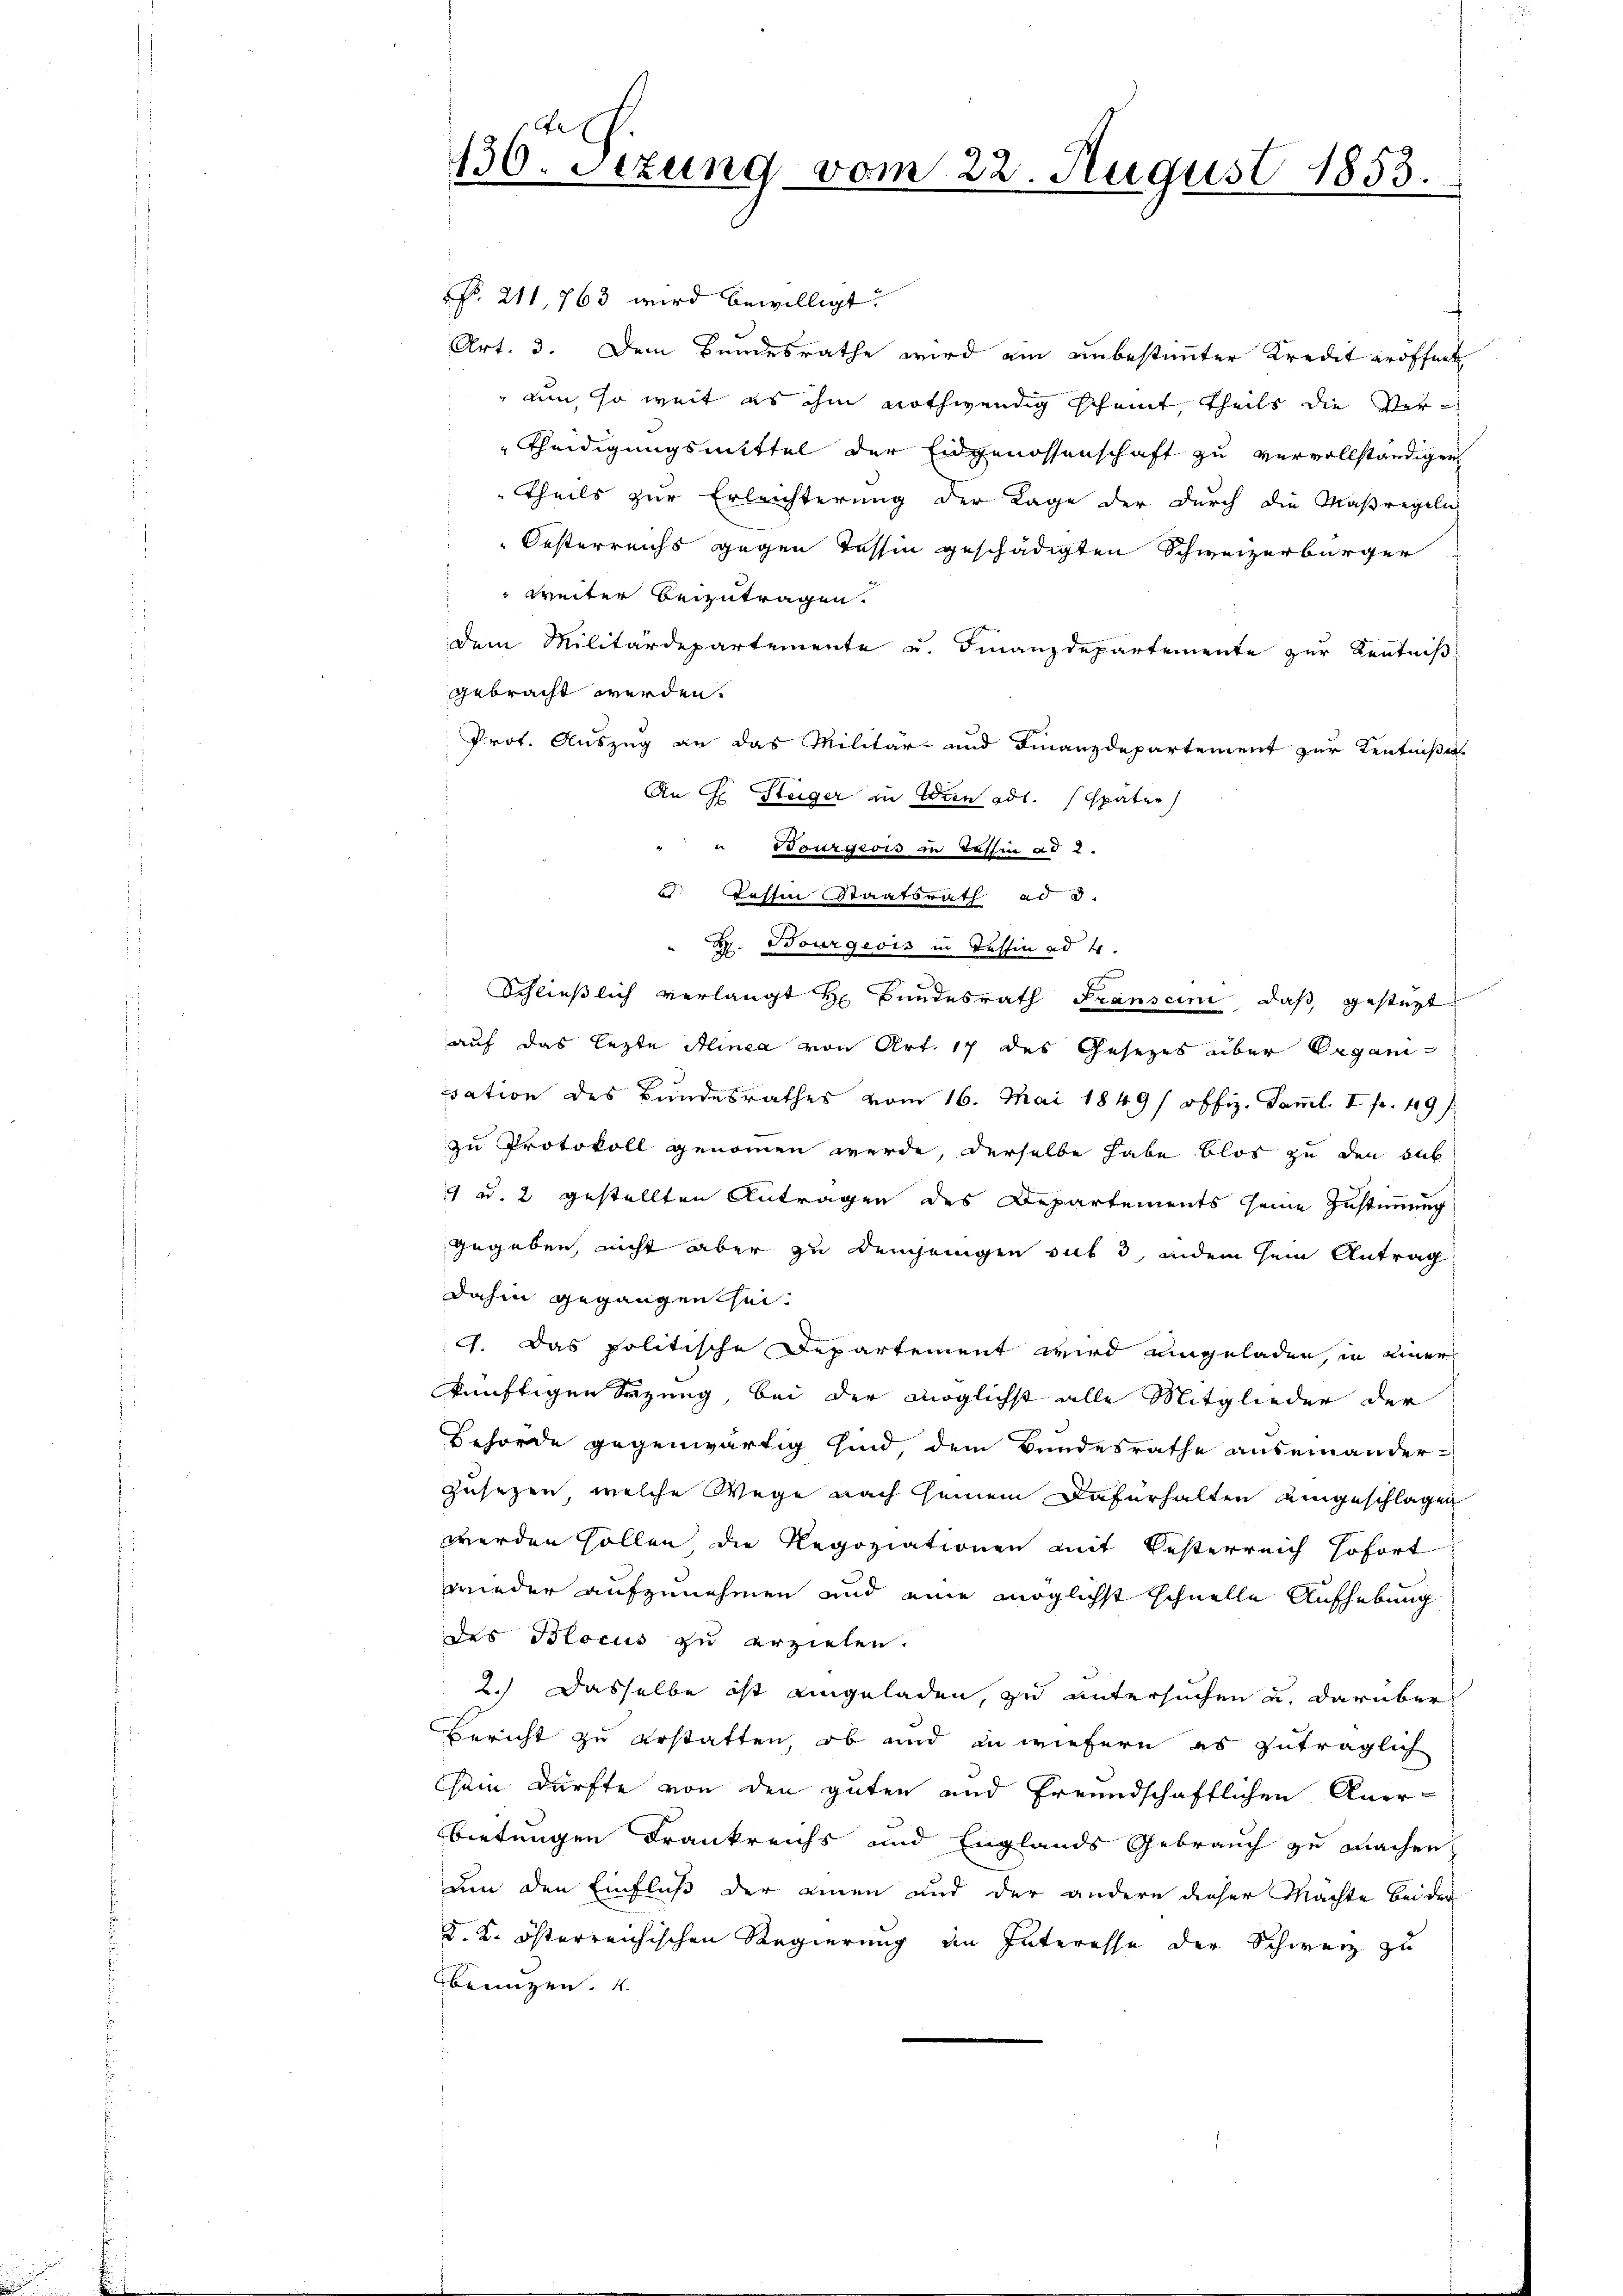
NNo. 211, 763 wird bewilligt.
Art. 3. Dem Bundesrathe wird ein unbestimmter Kredit eröffnet
am, so weit es ihm nothwendig scheint, theils die Ver-
theidigungsmittel der Eidgenossenschaft zu vervollständigen
Theils zur Erleichterung der Lage der durch die Maßregeln
Oesterreichs gegen Tessin geschädigten Schweizerbürger
 weiter beizutragen.
dem Militärdepartemente u. Finanzdepartemente zur Kentniß
gebracht werden.
Prot. Auszug an das Militär- und Finanzdepartement zur Kenntnißes
An H. Steiger zu Wien adl. Später
" " Bourgeois in Tessin ad 2.
. Tessin Staatsrath ad 3.
H. Bourgeois in Tessin ad 4.
Schließlich verlangt Hr. Bundesrath Transcini, daß gesteht
auf das lezte Alinea von Art. 17 des Gesezes über Organisation des Bundesrathes vom 16. Mai 1849 / offiz. Samml. I fr. 49 f
zu Protokoll genommen werde, derselbe habe blos zu den sub
4 u. 2 gestellten Antragen des Departements seine Zustimmung
gegeben, nicht aber zu demjenigen auf 3, indem sein Antrag
dahin gegangen sei.
4. Das politische Departement wird eingeladen, in einer
künftigen Sezung, bei der möglichst alle Mitglieder der
Behörde gegenwärtig sind, dem Bundesrathe auseinander-
zusetzen, welche Wege nach Gemein Dafürhalten eingeschlagen
werden sollen, die Regoziationen mit Oesterreich Hofort
wieder aufzunehmen und eine möglichst schnelle Aufhebung
des Blocus zu erziehen.
2.) Dasselbe ist eingeladen, zu untersuchen u. darüber
Bericht zu erstatten, ob und in wiefern es zuträglich
sein dürfte von den guten und freundschaftlichen Aner-
bietungen Frankreichs und Englands Gebrauch zu machen,
um den Einfluß der amen und der andern dieser Mächte bei der
K. K. österreichischen Regierung im Interesse der Schweiz zu
benuzen.

130. Sezung vom 22. August 1853.